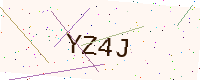
Text: YZ4J